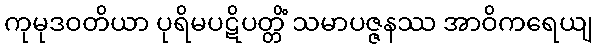
ကုမုဒဝတိယာ ပုရိမပဋိပတ္တိံ သမာပဇ္ဇနဿ အာဝိကရေယျ